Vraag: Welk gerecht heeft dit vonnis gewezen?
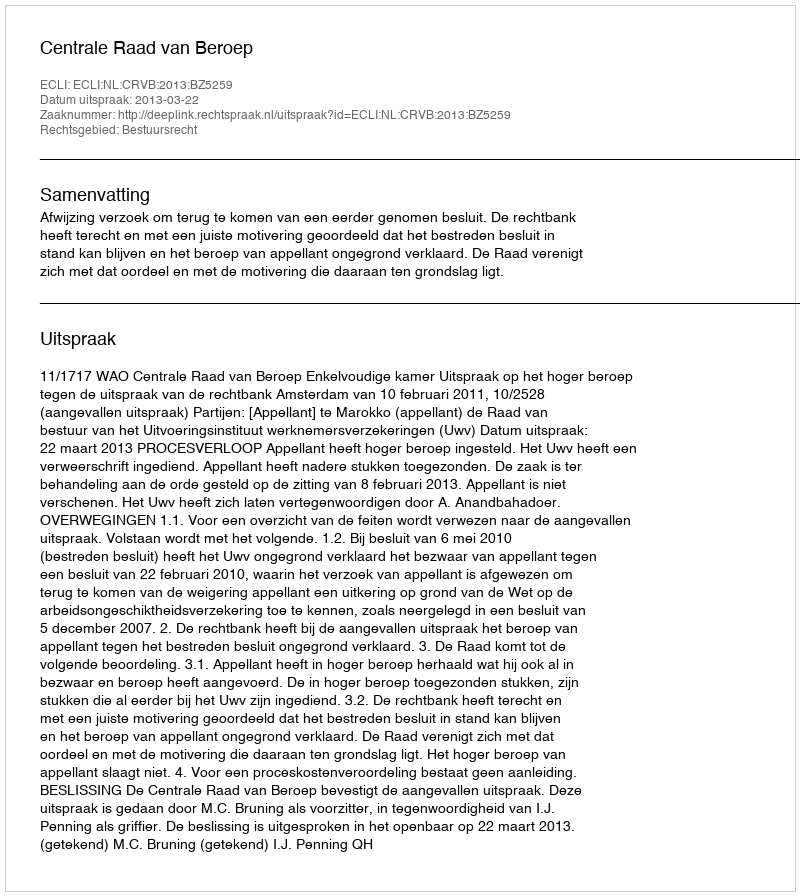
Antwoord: Centrale Raad van Beroep